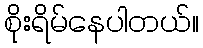
စိုးရိမ်နေပါတယ်။